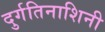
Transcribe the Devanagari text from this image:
दुर्गतिनाशिनी